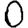
Digit: 0